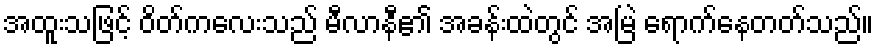
အထူးသဖြင့် ဝိတ်ကလေးသည် မီလာနီ၏ အခန်းထဲတွင် အမြဲ ရောက်နေတတ်သည်။